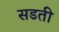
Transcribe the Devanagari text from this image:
सडती